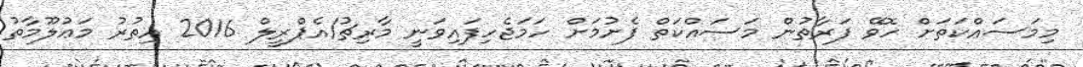
މިމަސައްކަތަށް ހޮވޭ ފަރާތުން މަސައްކަތް ފެށުމަށް ހަމަޖެހިފައިވަނީ މާރިޗު/އެޕްރީލް 2016 އިތުރު މަޢުލޫމާތު